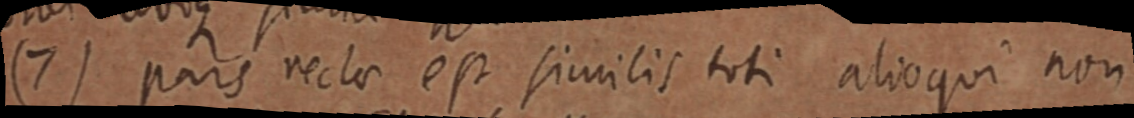
(7) pars recta est similis toti alioqui non